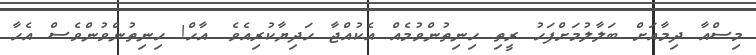
މިސްއާ ދިމާއަށް ބަލާލުމަށްފަހު ރީތި ހިނިތުންވުމެއް އެކުއްްޖާ ހަދިޔާކުރިއެވެ. އާހް! ހިނިތުންވުންވެސް އެހާ